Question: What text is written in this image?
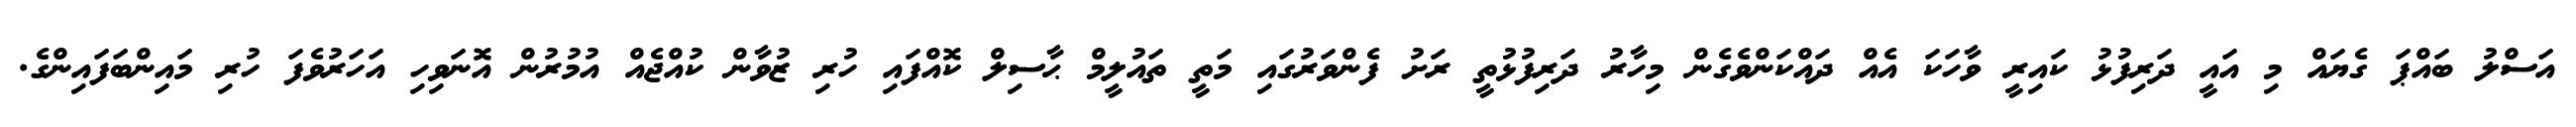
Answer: އަސްލު ބައްޕަ ގެޔައް މި އައީ ދަރިފުޅު ކައިރީ ވާހަކަ އެއް ދައްކަންވެގެން މިހާރު ދަރިފުޅުތީ ރަށު ފެންވަރުގައި މަތީ ތައުލީމް ޙާސިލް ކޮއްފައި ހުރި ޒުވާން ކުއްޖެއް އުމުރުން އޮނަވިހި އަހަރުވެފަ ހުރި މައިންބަފައިންގެ.